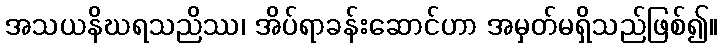
အသယနိဃရသညိဿ၊ အိပ်ရာခန်းဆောင်ဟာ အမှတ်မရှိသည်ဖြစ်၍။